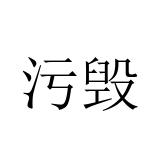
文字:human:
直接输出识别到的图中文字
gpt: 污毁